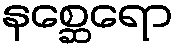
နစ္ဆေရော